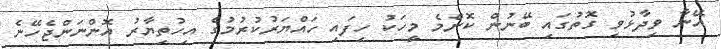
އޭނާ ވިދާޅުވި ގޮތުގައި ބޭނުން ކޮންމެ މީހަކު ހިފައި ހައްޔަރުކުރުމުގެ އިހުތިޔާރު އޮންނަންޖެހޭނެ